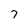
Character: 7